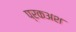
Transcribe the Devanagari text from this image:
प्रकअश